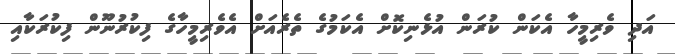
އަދި ވެރިމީހާ އެކަން ކުރަން އުޅެނިކޮށް އެކަމުގެ ތެރެއަށް އެވެރިމީހާގެ ފިކުރުނޫން ފިކުރަކާއި